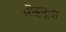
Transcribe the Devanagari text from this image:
मोहफूल